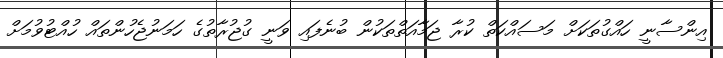
އިންސާނީ ހައްގުތަކަށް މަސައްކަތް ކުރާ ޖަމާއަތްތަކުން ބުނެފައި ވަނީ ގުޖުރާތުގެ ހަމަނުޖެހުންތައް ހުއްޓުވުމަށް